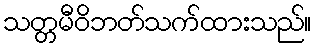
သတ္တမီဝိဘတ်သက်ထားသည်။